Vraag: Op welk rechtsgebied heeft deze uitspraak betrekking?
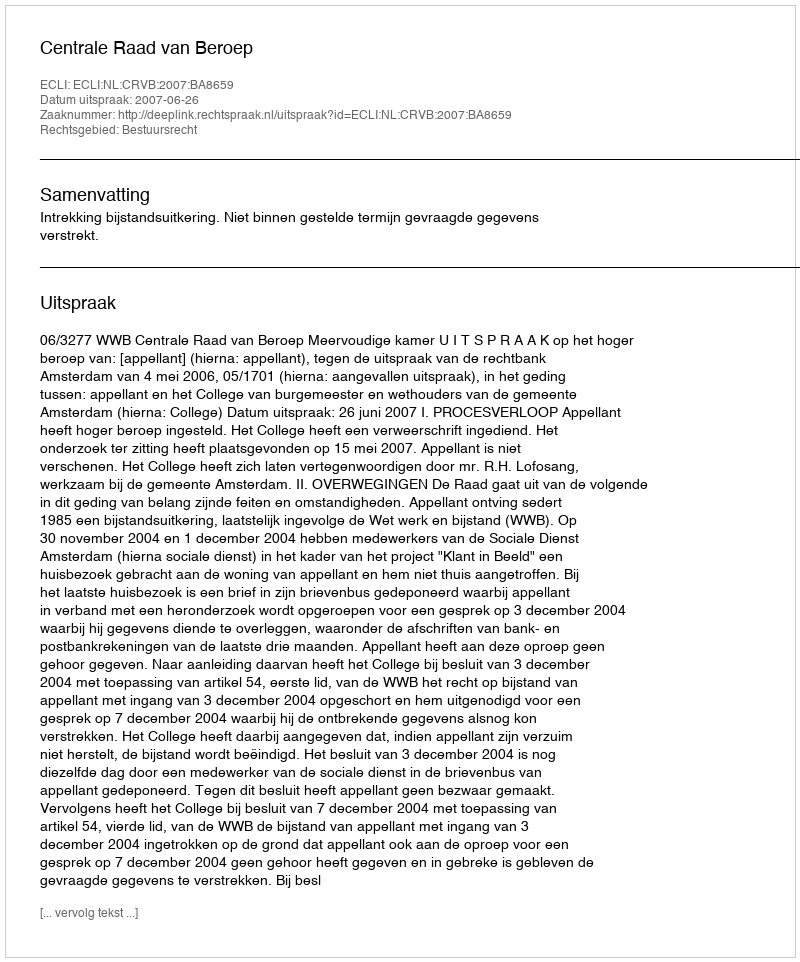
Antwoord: Bestuursrecht